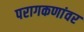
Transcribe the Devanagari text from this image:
परागकणांवर